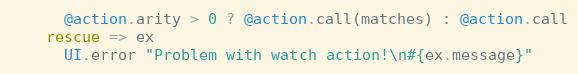
Language: Ruby
      @action.arity > 0 ? @action.call(matches) : @action.call
    rescue => ex
      UI.error "Problem with watch action!\n#{ex.message}"